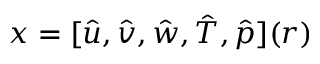
\boldsymbol { x } = [ \hat { u } , \hat { v } , \hat { w } , \hat { T } , \hat { p } ] ( r )